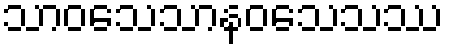
သာဝသေသာနဝသေသဿ